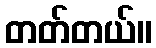
တတ်တယ်။